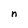
Character: n